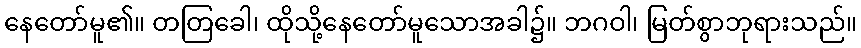
နေတော်မူ၏။ တတြခေါ၊ ထိုသို့နေတော်မူသောအခါ၌။ ဘဂဝါ၊ မြတ်စွာဘုရားသည်။